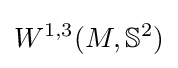
W^{1,3}(M,\mathbb {S} ^{2})